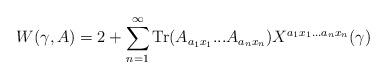
LaTeX: \begin{align*}W(\gamma,A) = 2 + \sum_{n=1}^\infty{\rm Tr}(A_{a_1 x_1}...A_{a_n x_n}) X^{a_1 x_1...a_n x_n}(\gamma)\end{align*}